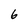
Character: 6